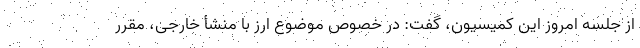
از جلسه امروز این کمیسیون، گفت: در خصوص موضوع ارز با منشأ خارجی، مقرر